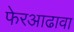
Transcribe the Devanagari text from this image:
फेरआढावा